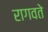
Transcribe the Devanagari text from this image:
रागवते